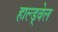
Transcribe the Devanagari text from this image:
हाल्ड्वेल